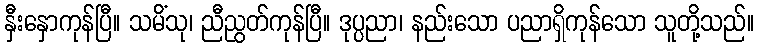
နှီးနှောကုန်ပြီ။ သမိံသု၊ ညီညွတ်ကုန်ပြီ။ ဒုပ္ပညာ၊ နည်းသော ပညာရှိကုန်သော သူတို့သည်။